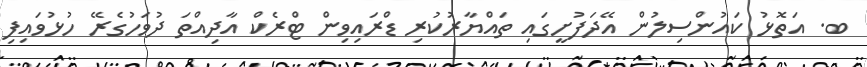
ބ. އަތޮޅު ކައުންސިލުން އޭދަފުށީގައި ތައްޔާރުކުރި ޑްރައިވިން ޓްރެކް އާދިއްތަ ދުވަހުގެރޭ ހުޅުވައިފި